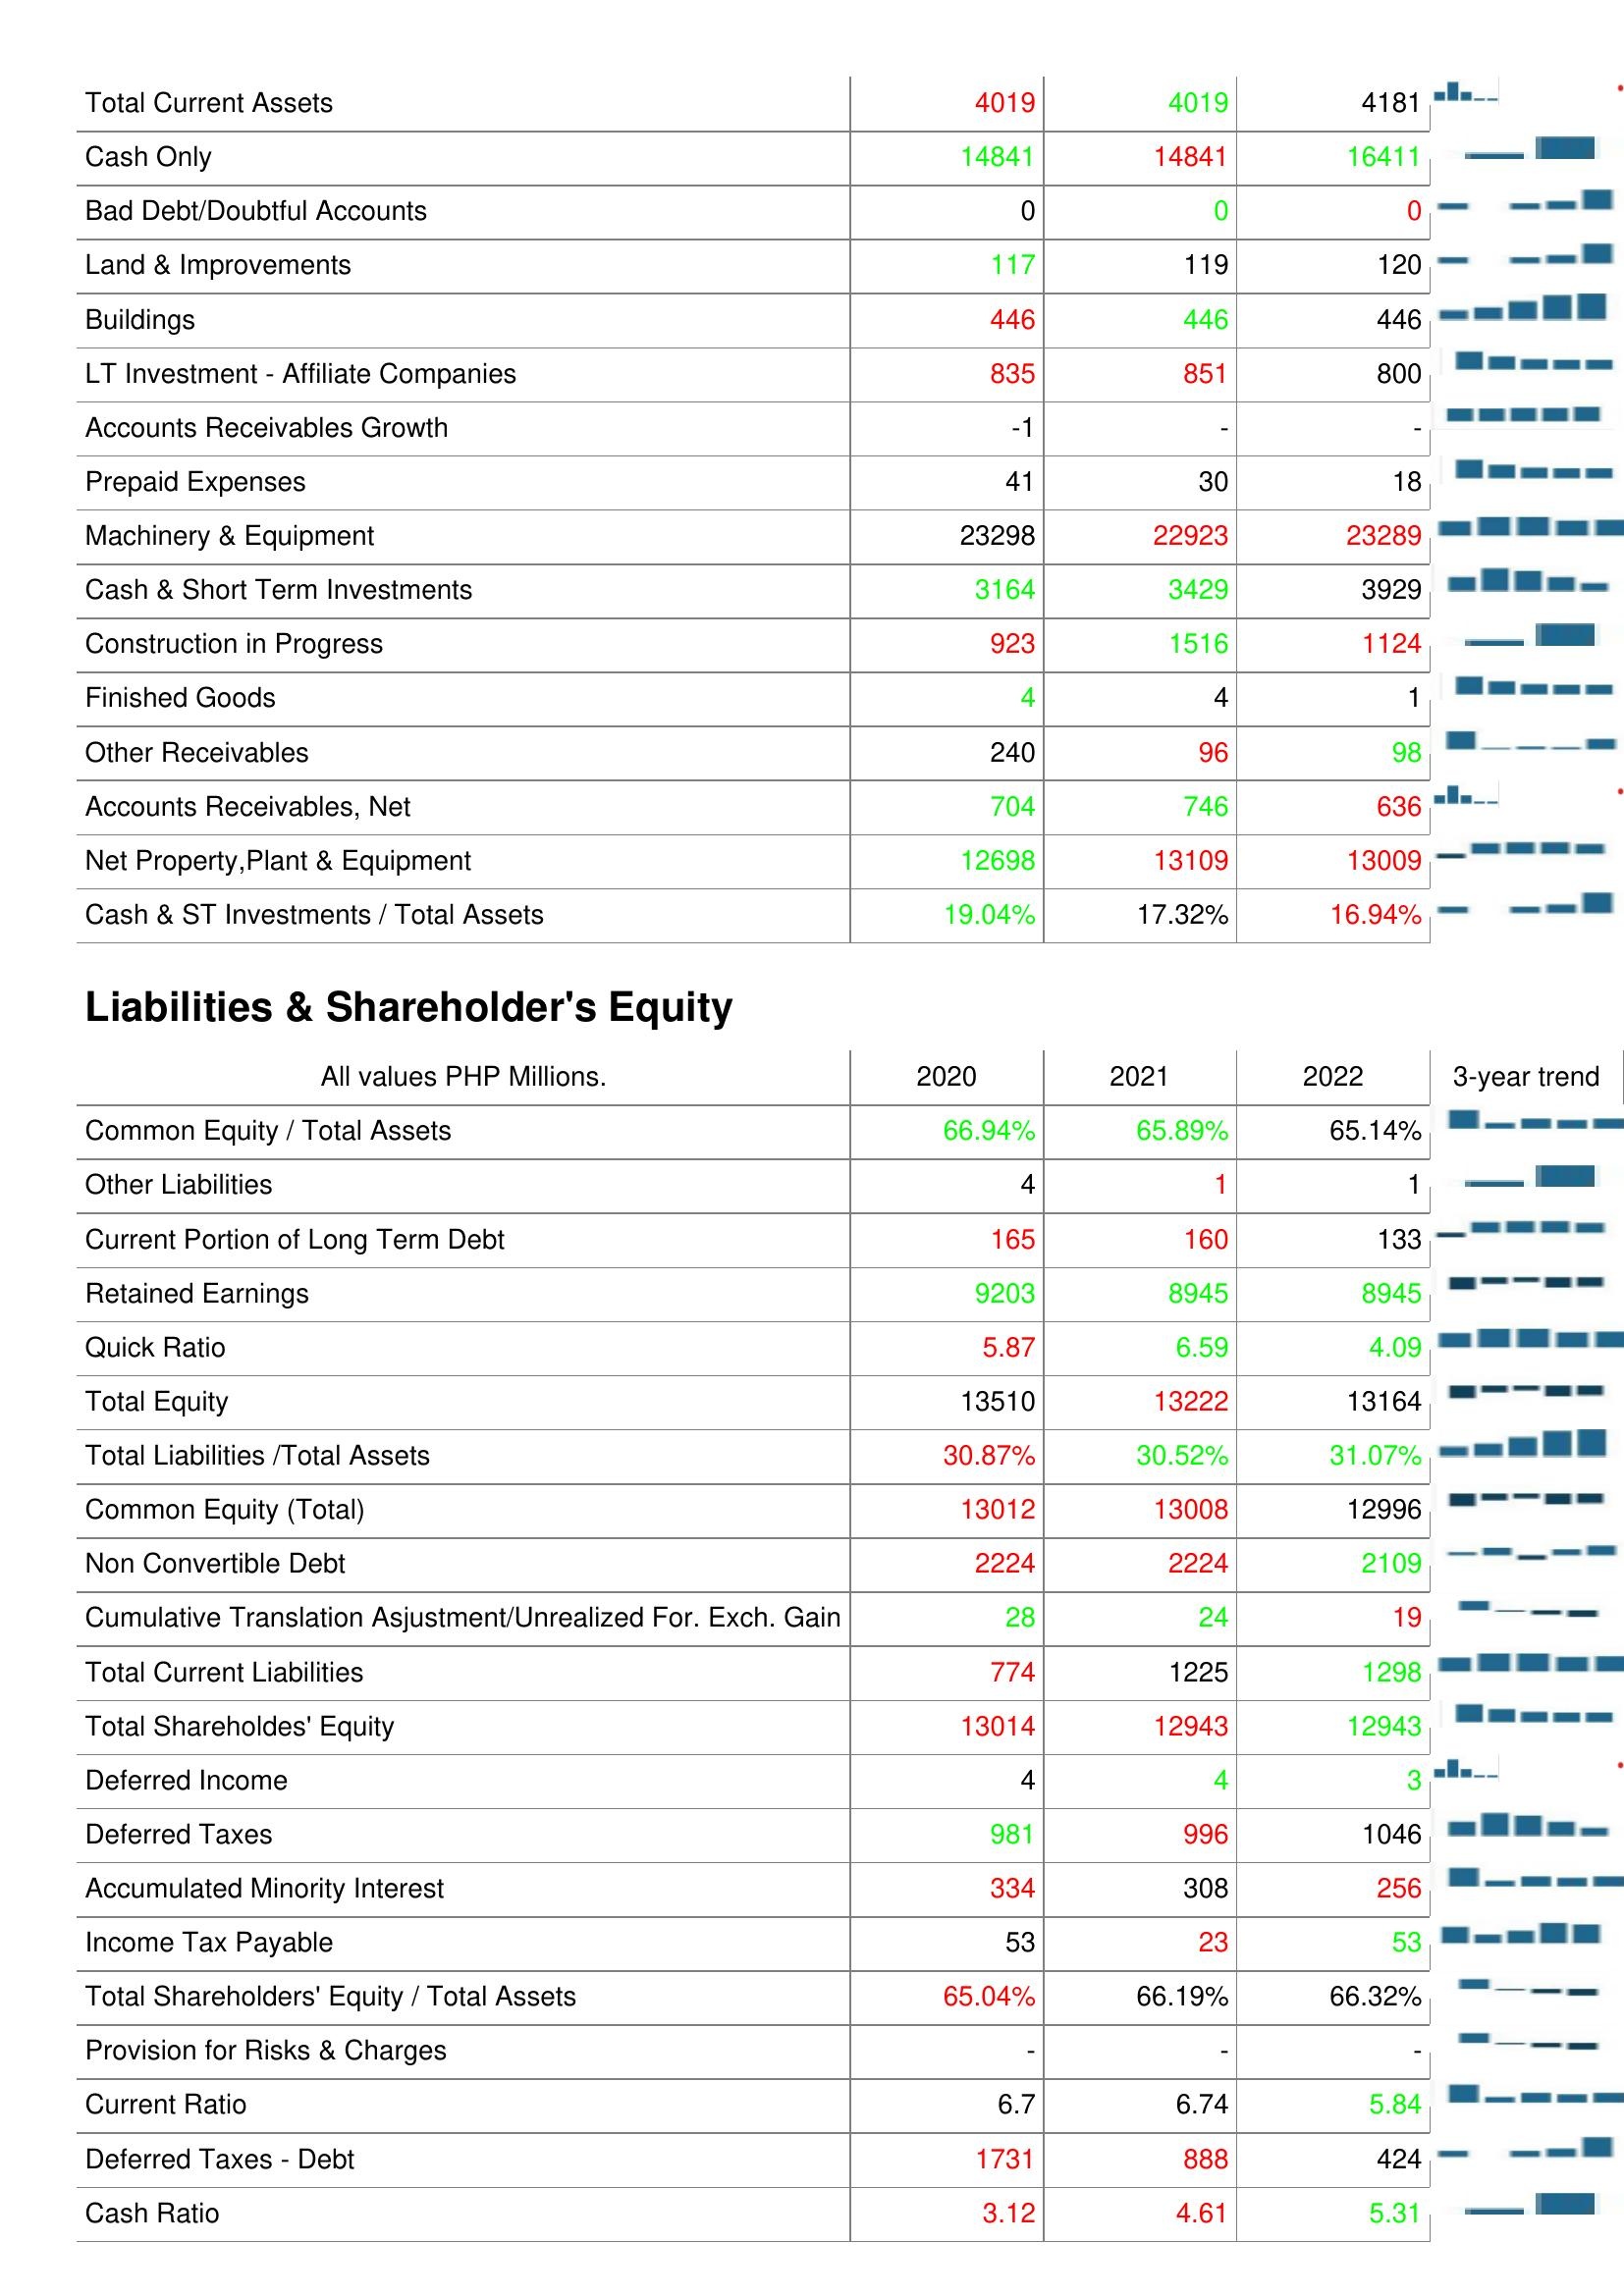
2020: Assets: Total Current Assets: 4019
Cash Only: 14841
Bad Debt/Doubtful Accounts: 0
Land & Improvements: 117
Buildings: 446
LT Investment - Affiliate Companies: 835
Accounts Receivables Growth: -1
Prepaid Expenses: 41
Machinery & Equipment: 23298
Cash & Short Term Investments: 3164
Construction in Progress: 923
Finished Goods: 4
Other Receivables: 240
Accounts Receivables, Net: 704
Net Property,Plant & Equipment: 12698
Cash & ST Investments / Total Assets: 19.04%
Liabilities & Shareholder's Equity: Common Equity / Total Assets: 66.94%
Other Liabilities: 4
Current Portion of Long Term Debt: 165
Retained Earnings: 9203
Quick Ratio: 5.87
Total Equity: 13510
Total Liabilities /Total Assets: 30.87%
Common Equity (Total): 13012
Non Convertible Debt: 2224
Cumulative Translation Asjustment/Unrealized For. Exch. Gain: 28
Total Current Liabilities: 774
Total Shareholdes' Equity: 13014
Deferred Income: 4
Deferred Taxes: 981
Accumulated Minority Interest: 334
Income Tax Payable: 53
Total Shareholders' Equity / Total Assets: 65.04%
Provision for Risks & Charges: -
Current Ratio: 6.7
Deferred Taxes - Debt: 1731
Cash Ratio: 3.12
2021: Assets: Total Current Assets: 4019
Cash Only: 14841
Bad Debt/Doubtful Accounts: 0
Land & Improvements: 119
Buildings: 446
LT Investment - Affiliate Companies: 851
Accounts Receivables Growth: -
Prepaid Expenses: 30
Machinery & Equipment: 22923
Cash & Short Term Investments: 3429
Construction in Progress: 1516
Finished Goods: 4
Other Receivables: 96
Accounts Receivables, Net: 746
Net Property,Plant & Equipment: 13109
Cash & ST Investments / Total Assets: 17.32%
Liabilities & Shareholder's Equity: Common Equity / Total Assets: 65.89%
Other Liabilities: 1
Current Portion of Long Term Debt: 160
Retained Earnings: 8945
Quick Ratio: 6.59
Total Equity: 13222
Total Liabilities /Total Assets: 30.52%
Common Equity (Total): 13008
Non Convertible Debt: 2224
Cumulative Translation Asjustment/Unrealized For. Exch. Gain: 24
Total Current Liabilities: 1225
Total Shareholdes' Equity: 12943
Deferred Income: 4
Deferred Taxes: 996
Accumulated Minority Interest: 308
Income Tax Payable: 23
Total Shareholders' Equity / Total Assets: 66.19%
Provision for Risks & Charges: -
Current Ratio: 6.74
Deferred Taxes - Debt: 888
Cash Ratio: 4.61
2022: Assets: Total Current Assets: 4181
Cash Only: 16411
Bad Debt/Doubtful Accounts: 0
Land & Improvements: 120
Buildings: 446
LT Investment - Affiliate Companies: 800
Accounts Receivables Growth: -
Prepaid Expenses: 18
Machinery & Equipment: 23289
Cash & Short Term Investments: 3929
Construction in Progress: 1124
Finished Goods: 1
Other Receivables: 98
Accounts Receivables, Net: 636
Net Property,Plant & Equipment: 13009
Cash & ST Investments / Total Assets: 16.94%
Liabilities & Shareholder's Equity: Common Equity / Total Assets: 65.14%
Other Liabilities: 1
Current Portion of Long Term Debt: 133
Retained Earnings: 8945
Quick Ratio: 4.09
Total Equity: 13164
Total Liabilities /Total Assets: 31.07%
Common Equity (Total): 12996
Non Convertible Debt: 2109
Cumulative Translation Asjustment/Unrealized For. Exch. Gain: 19
Total Current Liabilities: 1298
Total Shareholdes' Equity: 12943
Deferred Income: 3
Deferred Taxes: 1046
Accumulated Minority Interest: 256
Income Tax Payable: 53
Total Shareholders' Equity / Total Assets: 66.32%
Provision for Risks & Charges: -
Current Ratio: 5.84
Deferred Taxes - Debt: 424
Cash Ratio: 5.31